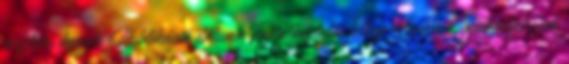
részletes keresés Publikáció dátuma Foglalkoztatás jellege Szakmai gyakorlat csak